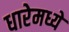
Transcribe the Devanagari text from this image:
धारेमध्ये